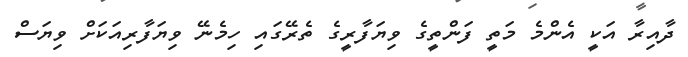
ދާއިރާ އަކީ އެންމެ މަތީ ފަންތީގެ ވިޔަފާރީގެ ތެރޭގައި ހިމެނޭ ވިޔަފާރިއަކަށް ވިޔަސް